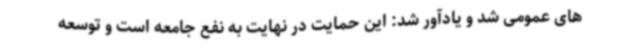
های عمومی شد و یادآور شد: این حمایت در نهایت به نفع جامعه است و توسعه